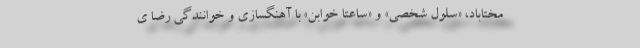
مختاباد، «سلول شخصی» و «ساعتا خوابن» با آهنگسازی و خوانندگی رضا ی